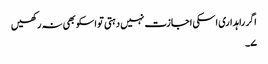
اگر راہداری اسکی اجازت نہیں دہتی تو اسکو بھی نہ رکھیں
۷۔